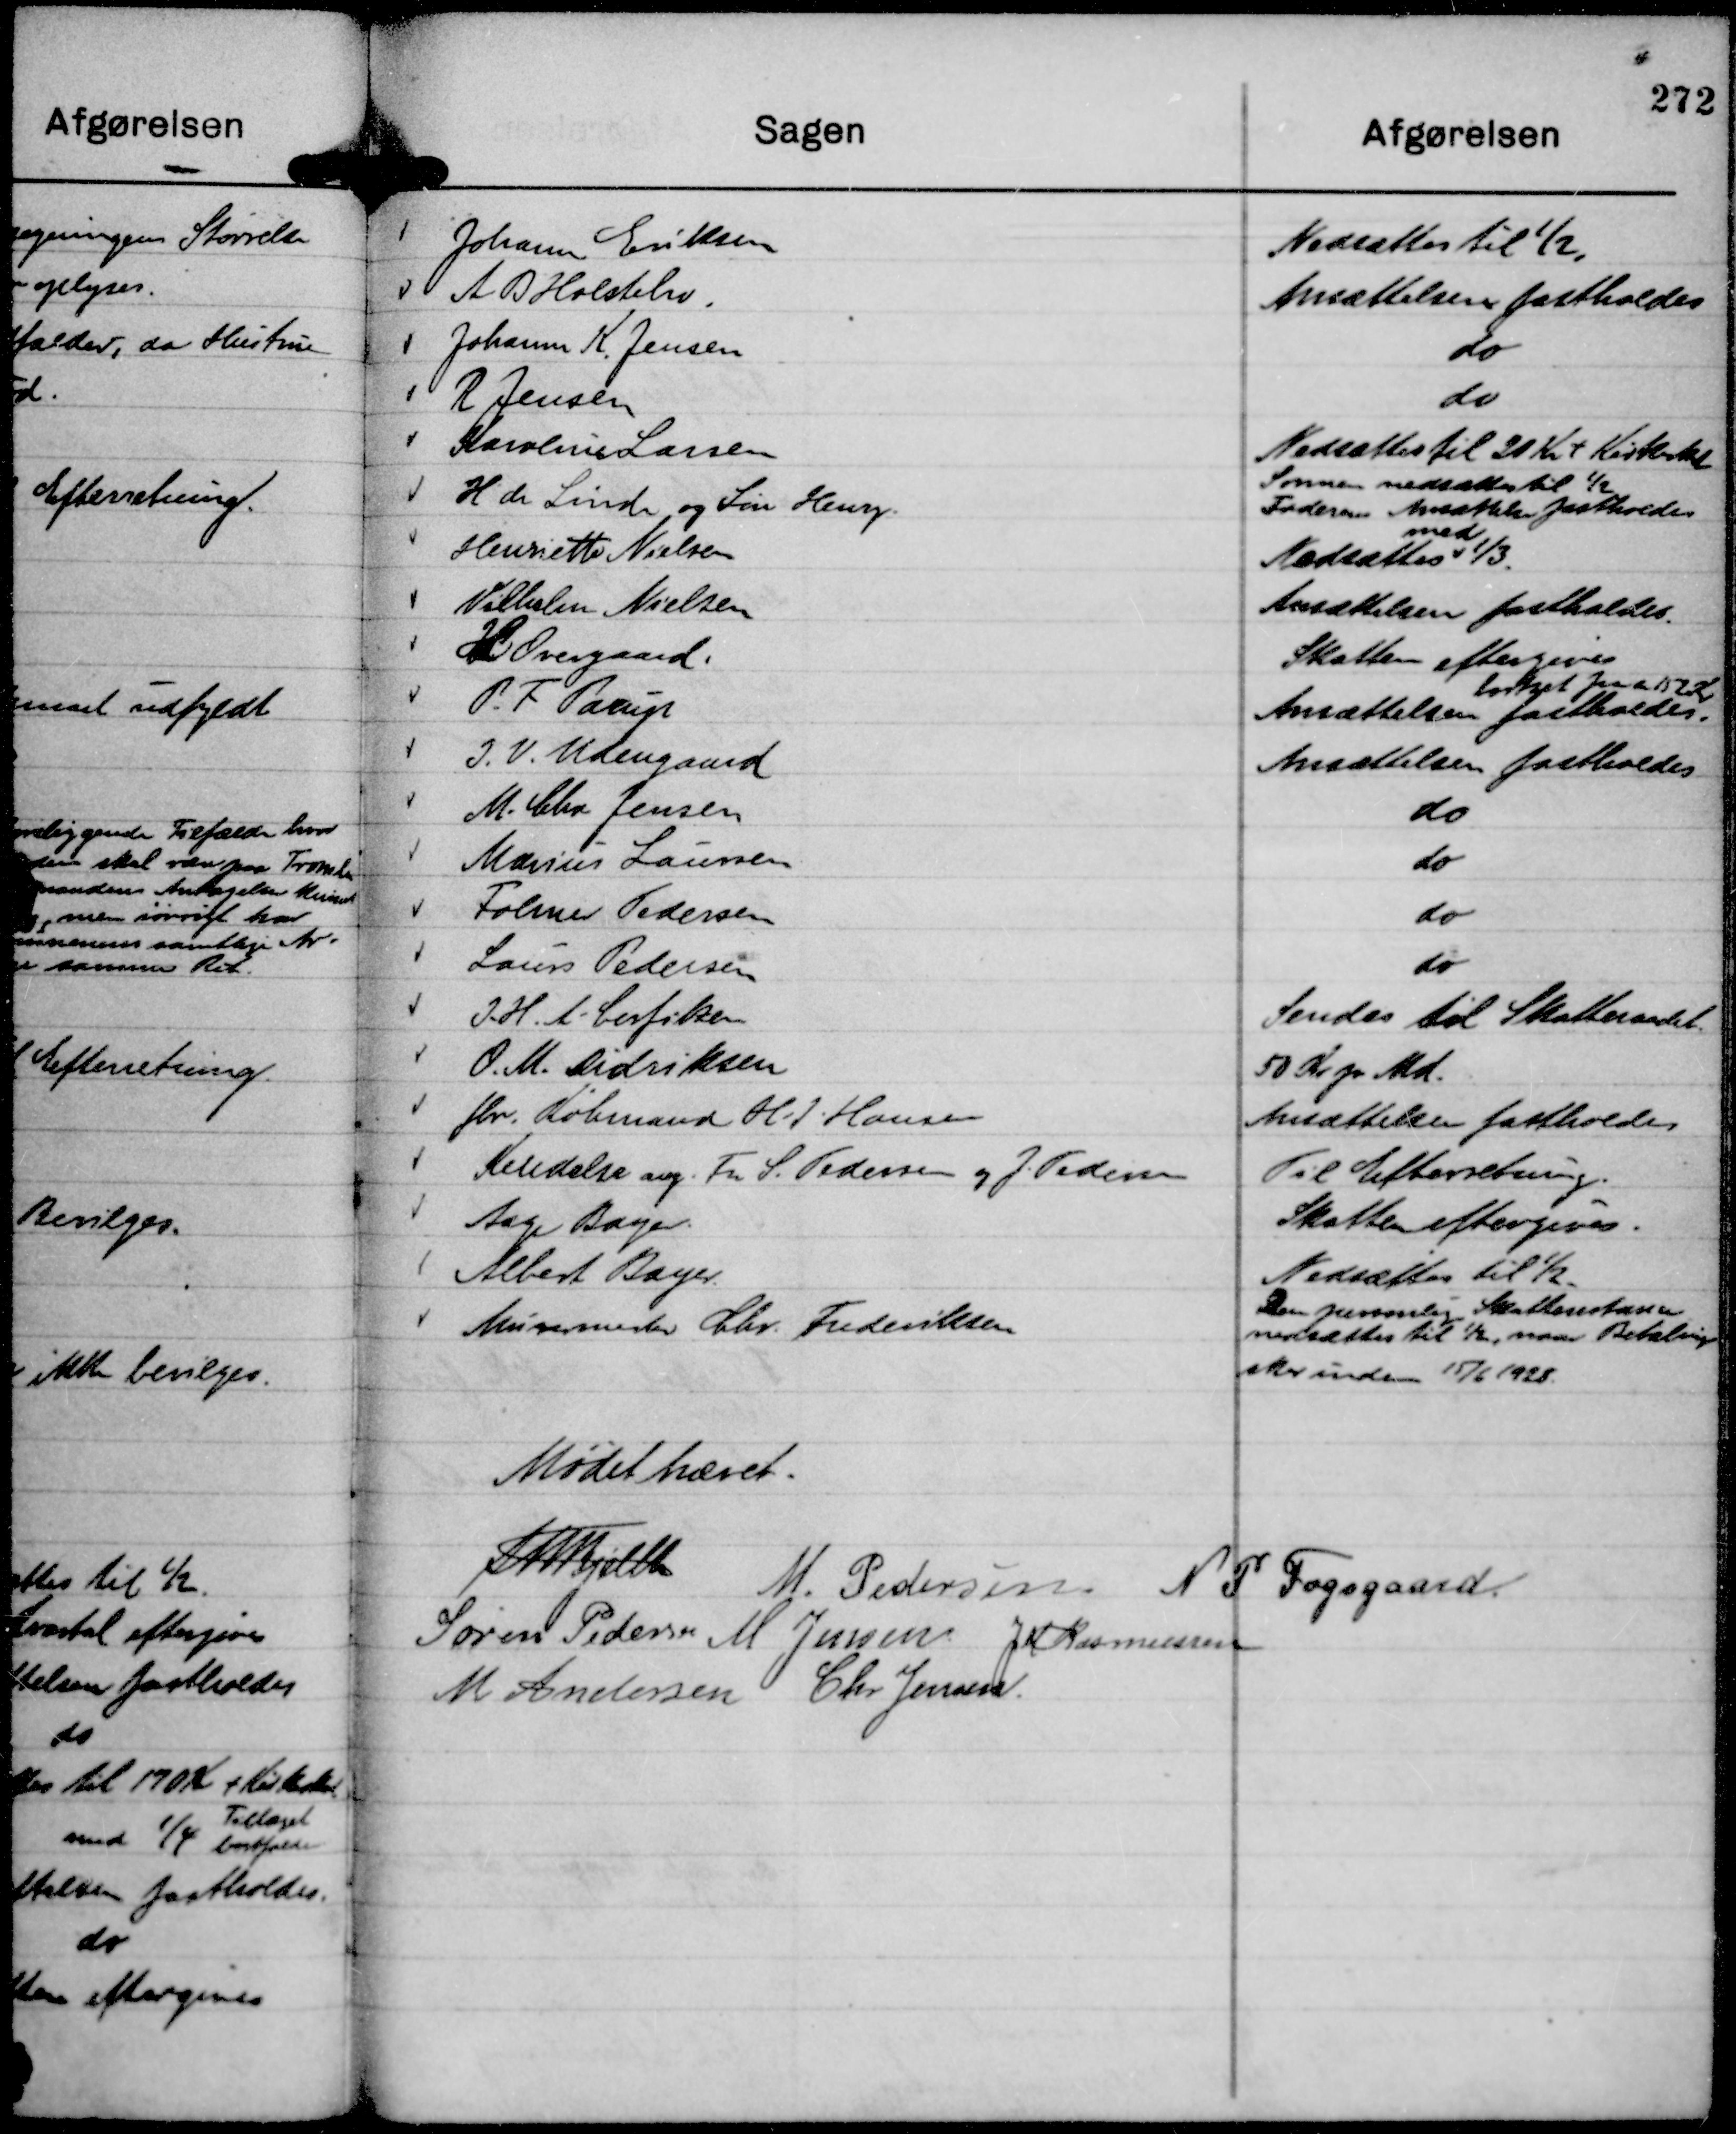
Transskription:
Mødet hævet.
Th Bjelke
M. Pedersen.
N P Fogsgaard.
Søren Pedersen
M Jensen
J M Rasmussen
M Andersen
Chr Jensen.